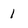
Character: 1